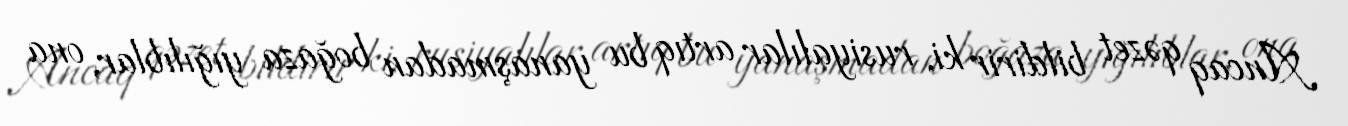
Ancaq qəzet bildirir ki, rusiyalılar artıq bu yanaşmadan boğaza yığılıblar, ona